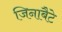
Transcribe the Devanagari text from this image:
जिनाबैटे